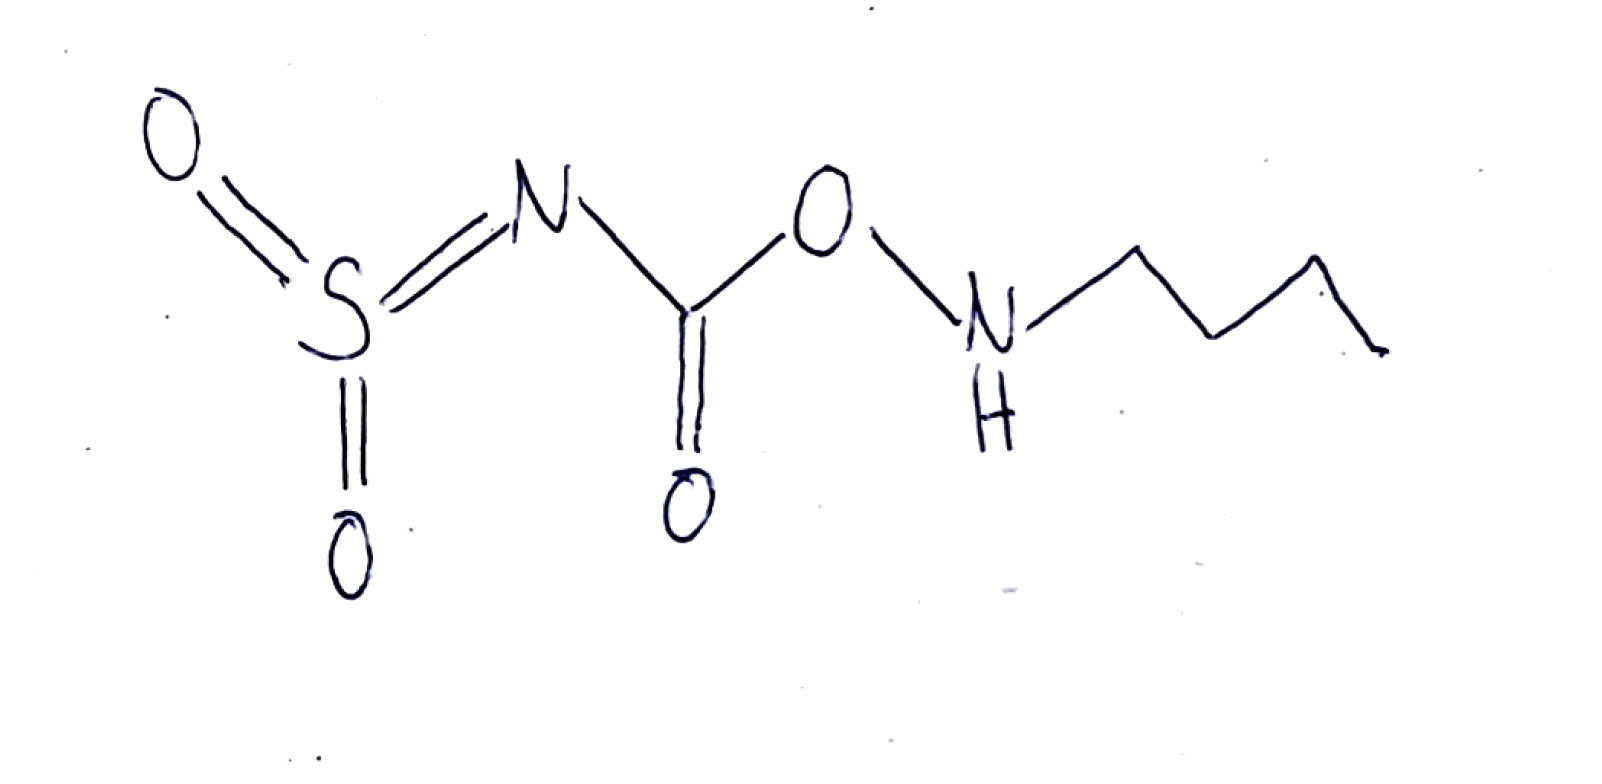
Simplified molecular-input line-entry system (SMILES) notation of the given molecule:
CCCCNOC(=O)N=S(=O)=O